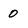
Character: 0